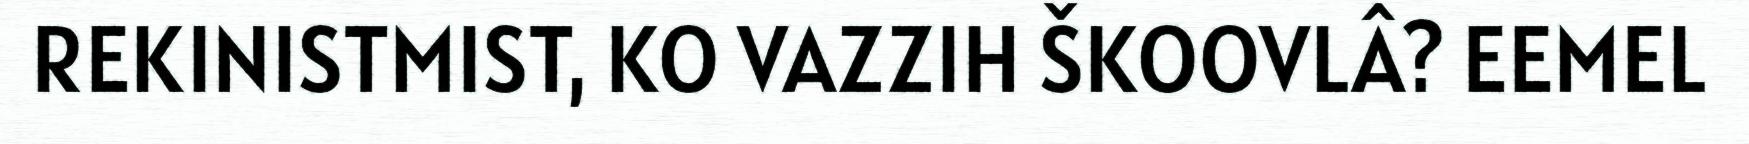
REKINISTMIST, KO VAZZIH ŠKOOVLÂ? EEMEL